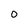
Character: 0